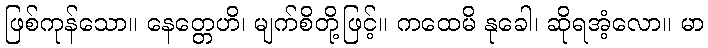
ဖြစ်ကုန်သော။ နေတ္တေဟိ၊ မျက်စိတို့ဖြင့်။ ကထေမိ နုခေါ၊ ဆိုရအံ့လော။ မာ